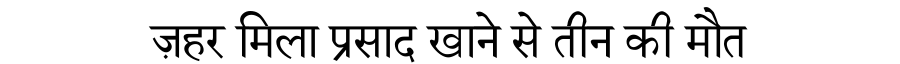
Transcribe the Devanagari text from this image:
ज़हर मिला प्रसाद खाने से तीन की मौत